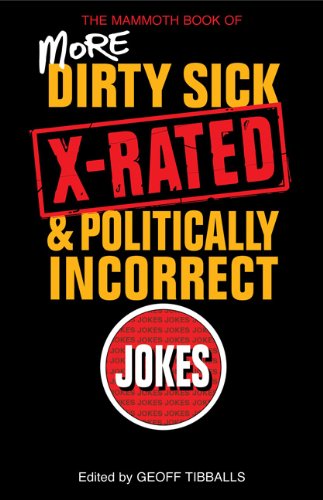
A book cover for The Mammoth Book of More Dirty, Sick, X-rated, and Politcally Incorrect Jokes; Humor & Entertainment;